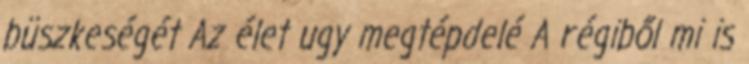
büszkeségét Az élet ugy megtépdelé A régiből mi is